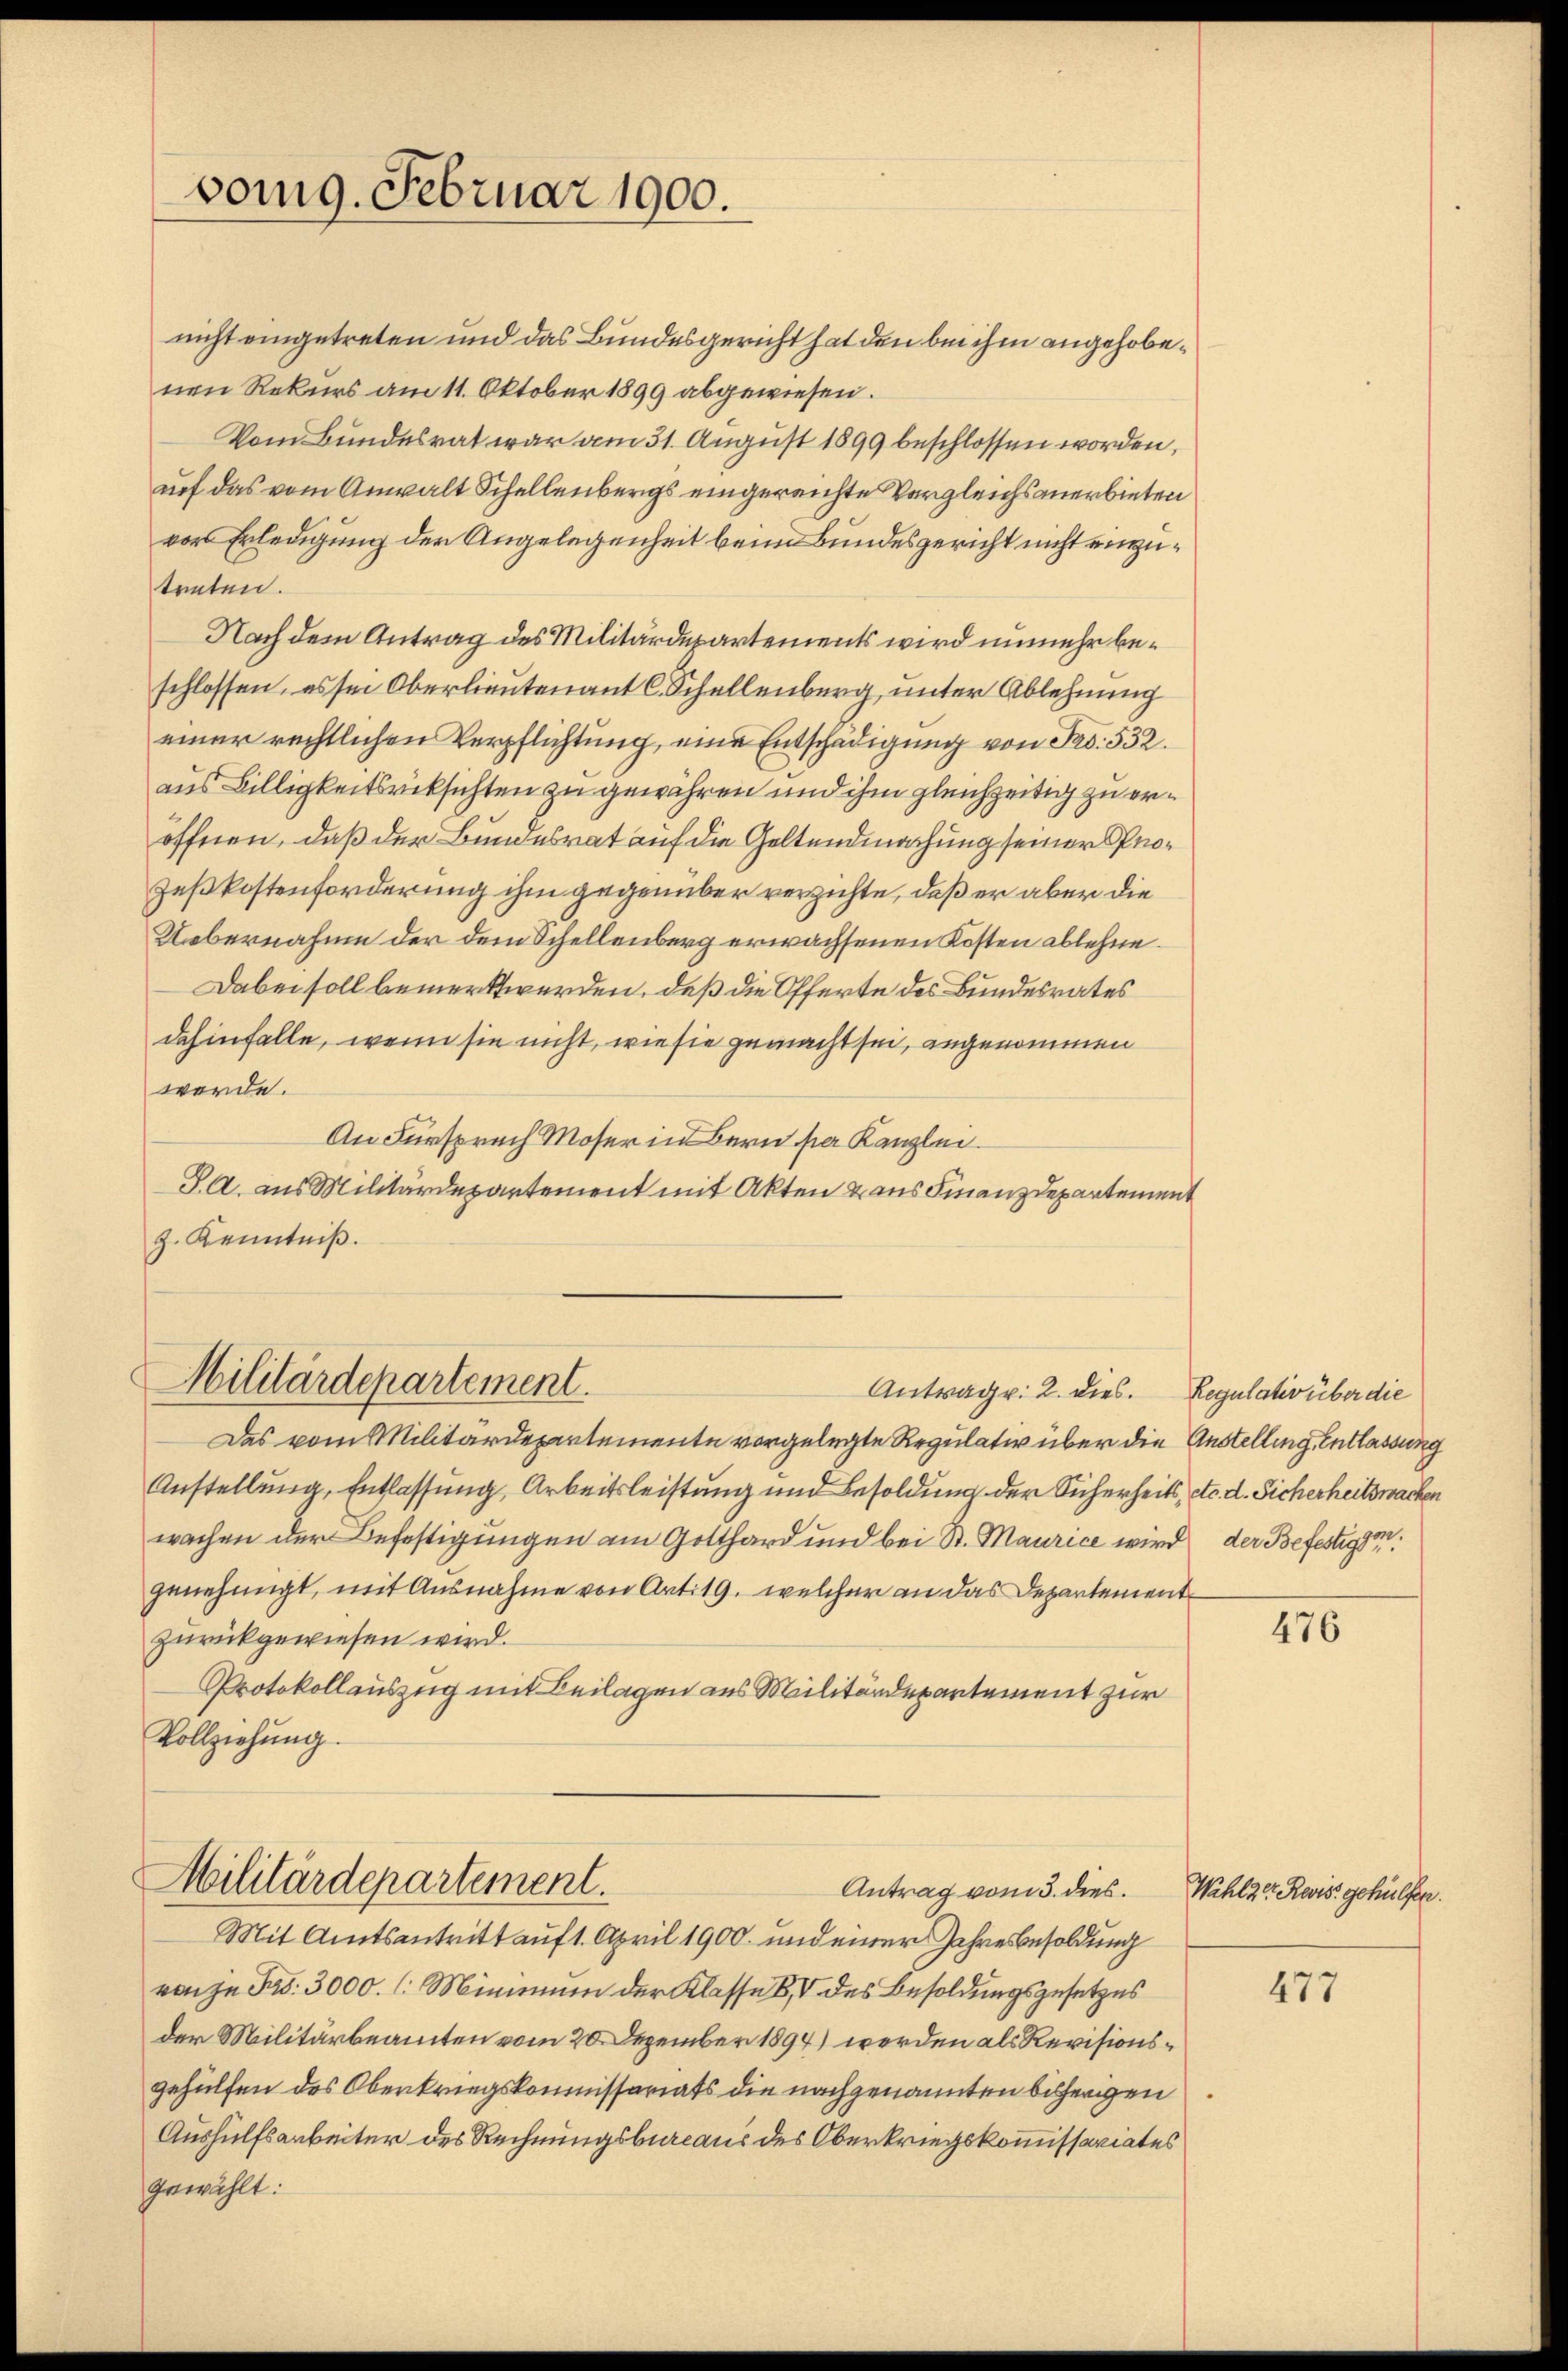
vomg. Februar 1900.

nicht eingetreten und das Bundesgericht hat den bei ihm angehobenen Rekurs am 11. Oktober 1899 abgewiesen.
Vom Bundesrat war am 31. August 1899 beschlossen worden,
uef das vom Anwalt Schellenbergs eingereichte Vergleichs anerbieten
vor Erledigung der Angelegenheit beim Bundesgericht nicht einzutreten.
Nach dem Antrag des Militärdepartements wird unmehr beschlossen, es sei Oberlieutenant C. Schellenberg, unter Ablehnung
einer rechtlichen Verpflichtung, eine Entschädigung von Frs. 532.
aus Billigkeitsrücksichten zu gewähren und ihm gleichzeitig zu eröffnen, daß der Bundesrat auf die Geltendmachung seiner Pro¬
Zeßkostenforderung ihm gegenüber verzichte, daß er aber die
Uebernahme der dem Schellenberg erwachsenen Kosten ablehne.
Dabei soll bemerkt werden, daß die Offerte des Bundesrates
dahinfalle, wenn sie nicht, wie sie gemacht sei, angenommen
werde.
An Fürsprach Moser in Bern per Kanzlei.
P. A. aus Militärdepartement mit Akten & aus Finanzdepartement
z. Kenntniß.
Militärdepartement.
Antrag v. 2. dies. Regulativ über die
Das vom Militärdepartemente vorgelegte Regulativ über die Anstellung entlassung
Anstellung, Entlassung, Arbeitsleistung und Besoldung der Sicherheits, etc. d. Sicherheitswachen
wachen der Befestigungen am Gotthard und bei St. Maurice wird der Befestigen.
genehmigt, mit Ausnahme von Art. 19. welcher an das Departementzurückgewiesen wird.
Protokollauszug mit Beilagen aus Militärdepartement zur
Vollziehung.
Militärdepartement.
Antrag vom 3. dies. Wahlzer Reise gehülfen.
Mit Amtsantritt auf 1. April 1900. und einer Jahresbesoldung
von je Frs. 3000. (: Minimum der Klasse 8, V des Besoldungsgesetzes
der Militärbeamten vom 20. Dezember 1894) werden als Revisionsgehülfen des Oberkriegskommissariats die nachgenannten bisherigen
Aushülfsarbeiter des Rechnungsbureaus des Oberkriegskommissariates
gewählt:

476

477